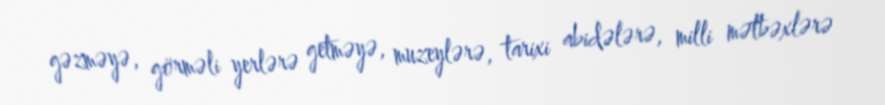
gəzməyə, görməli yerlərə getməyə, muzeylərə, tarixi abidələrə, milli mətbəxlərə